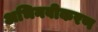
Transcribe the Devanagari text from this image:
अभिनवीकरण